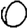
Digit: 0